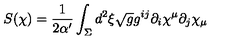
S ( \chi ) = \frac { 1 } { 2 \alpha ^ { \prime } } \int _ { \Sigma } d ^ { 2 } \xi \sqrt { g } g ^ { i j } \partial _ { i } \chi ^ { \mu } \partial _ { j } \chi _ { \mu }